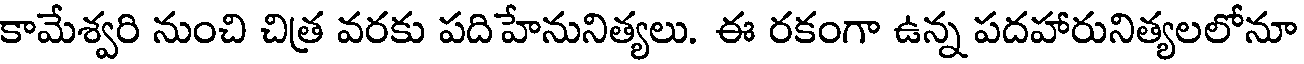
కామేశ్వరి నుంచి చిత్ర వరకు పదిహేనునిత్యలు. ఈ రకంగా ఉన్న పదహారునిత్యలలోనూ